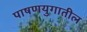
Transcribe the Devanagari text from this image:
पाषणयुगातील